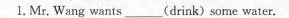
1. Mr. Wang wants_(drink)some water.